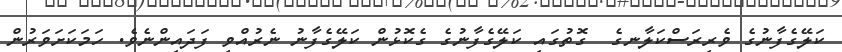
ކަލޭގެފާނުގެ ވެރިރަސްކަލާނގެ  ގޮތުގައި ކަލޭގެފާނުގެ ގެކޮޅުން ކަލޭގެފާނު ނެރުއްވި ފަދައިންނެވެ. ހަމަކަށަވަރުން